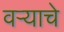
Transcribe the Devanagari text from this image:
वर्‍याचे